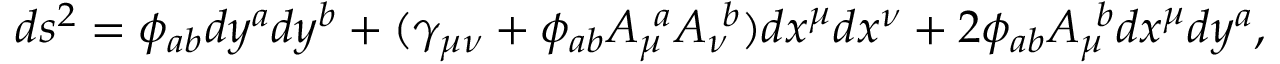
d s ^ { 2 } = \phi _ { a b } d y ^ { a } d y ^ { b } + ( \gamma _ { \mu \nu } + \phi _ { a b } A _ { \mu } ^ { \ a } A _ { \nu } ^ { \ b } ) d x ^ { \mu } d x ^ { \nu } + 2 \phi _ { a b } A _ { \mu } ^ { \ b } d x ^ { \mu } d y ^ { a } ,